Vaccination in Bombay 1869-1873 - 1869-1873
Year: 1869
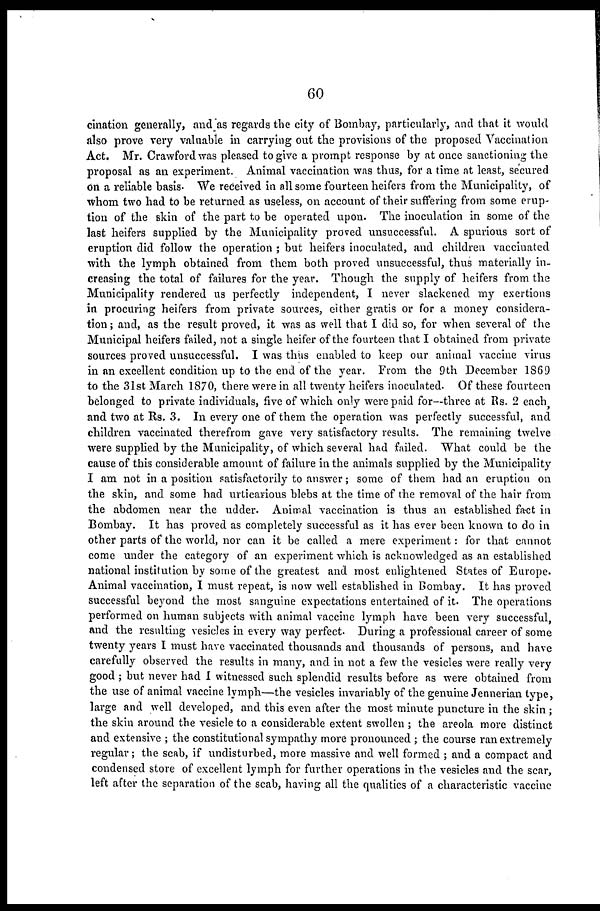
60
cination generally, and as regards the city of Bombay, particularly, and that it would
also prove very valuable in carrying out the provisions of the proposed Vaccination
Act. Mr. Crawford was pleased to give a prompt response by at once sanctioning the
proposal as an experiment. Animal vaccination was thus, for a time at least, secured
on a reliable basis- We received in all some fourteen heifers from the Municipality, of
whom two had to be returned as useless, on account of their suffering from some erup-
tion of the skin of the part to be operated upon. The inoculation in some of the
last heifers supplied by the Municipality proved unsuccessful. A spurious sort of
eruption did follow the operation ; but heifers inoculated, and children vaccinated
with the lymph obtained from them both proved unsuccessful, thus materially in-
creasing the total of failures for the year. Though the supply of heifers from the
Municipality rendered us perfectly independent, I never slackened my exertions
in procuring heifers from private sources, either gratis or for a money considera-
tion ; and, as the result proved, it was as well that I did so, for when several of the
Municipal heifers failed, not a single heifer of the fourteen that I obtained from private
sources proved unsuccessful. I was thus enabled to keep our animal vaccine virus
in an excellent condition up to the end of the year. From the 9th December 1869
to the 31st March 1870, there were in all twenty heifers inoculated. Of these fourteen
belonged to private individuals, five of which only were paid for—three at Rs. 2 each,
and two at Rs. 3. In every one of them the operation was perfectly successful, and
children vaccinated therefrom gave very satisfactory results. The remaining twelve
were supplied by the Municipality, of which several had failed. What could be the
cause of this considerable amount of failure in the animals supplied by the Municipality
I am not in a position satisfactorily to answer; some of them had an eruption on
the skin, and some had urticarious blebs at the time of the removal of the hair from
the abdomen near the udder. Animal vaccination is thus an established fact in
Bombay. It has proved as completely successful as it has ever been known to do in
other parts of the world, nor can it be called a mere experiment: for that cannot
come under the category of an experiment which is acknowledged as an established
national institution by some of the greatest and most enlightened States of Europe.
Animal vaccination, I must repeat, is now well established in Bombay. It has proved
successful beyond the most sanguine expectations entertained of it. The operations
performed on human subjects with animal vaccine lymph have been very successful,
and the resulting vesicles in every way perfect. During a professional career of some
twenty years I must have vaccinated thousands and thousands of persons, and have
carefully observed the results in many, and in not a few the vesicles were really very
good ; but never had I witnessed such splendid results before as were obtained from
the use of animal vaccine lymph—the vesicles invariably of the genuine Jennerian type,
large and well developed, and this even after the most minute puncture in the skin ;
the skin around the vesicle to a considerable extent swollen ; the areola more distinct
and extensive ; the constitutional sympathy more pronounced ; the course ran extremely
regular; the scab, if undisturbed, more massive and well formed ; and a compact and
condensed store of excellent lymph for further operations in the vesicles and the scar,
left after the separation of the scab, having all the qualities of a characteristic vaccine